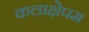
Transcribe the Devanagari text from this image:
कलाक्षेपम